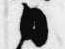
日